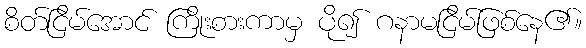
စိတ်ငြိမ်အောင် ကြိုးစားကာမှ ပို၍ ဂနာမငြိမ်ဖြစ်နေ၏။